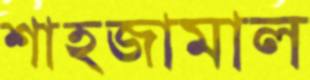
শাহজামাল